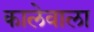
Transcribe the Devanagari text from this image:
कालेवाला